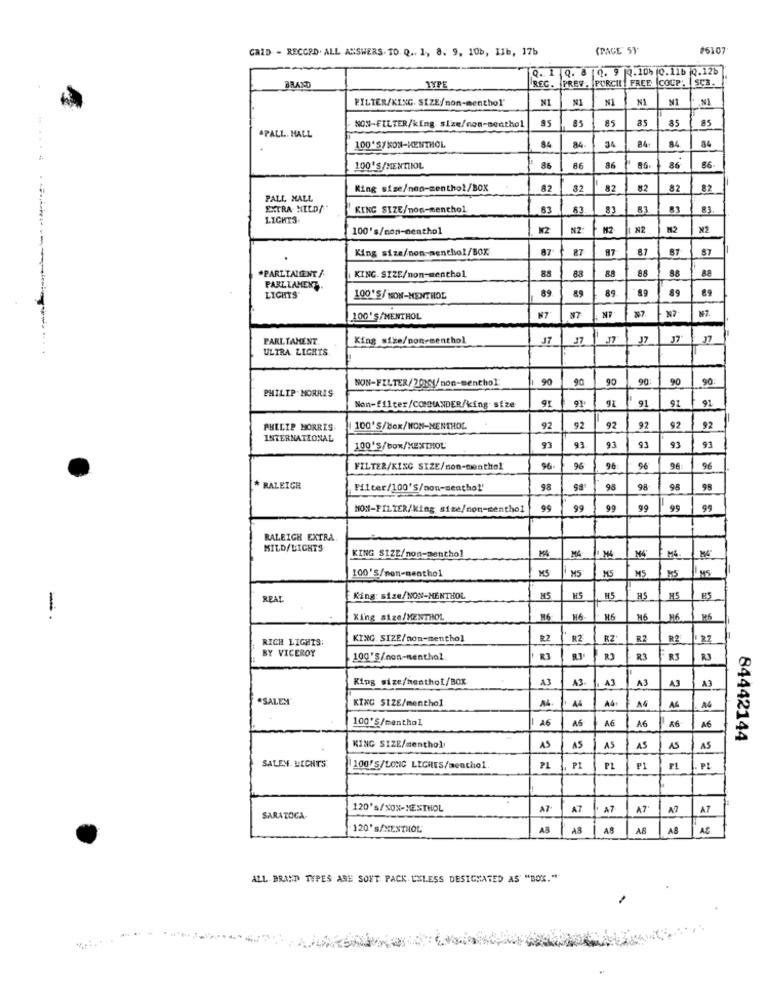
GRID - RECORD. ALL ANSWERS. TO. Q .. 1, 8. 9. 10b, I3b, 17b
(PAGE" S)
#6107
Q. 1 Q. 8 0. 9 0.10% 0.11b Q.12b
REG. PREV. PURCHIL| FREE COUP. |SC3.
BRAND
TYPE
FILTER/KING SIZE/non-menthol"
N1
N1
NI
NI
NI
85
85
85
85
85
85
NON-FILTER/king. size/non-menthol
.PALL. MALL
84
34
84
84
84
34
100'S/MENTLIOL
86
86
86
86
66
King size/non-menthol/BOX
82
82
82
82
82
82
PALL MALL
EXTRA NICD/"
KING SIZE/non-menthol
83
83
83
83
LIGHTS
100's/non-nenthol
N2
N2
N2
King size/non-menthol/BOX
87
87
87
87
87
88
88
88
88
88
*PARLTALENT /
KING. SIZE/non-menthol
PARLIAMENT.
89
89
89
89
LIGHTS"
100'S/ NON-MENTHOL
NP
27
NZ.
100'S/MENTHOL
N7
N7
PARLIAMENT
King size/non-menthol
J7
37
37
ULTRA LIGHTS.
NON-FILTER/20KY/non-menthol
90
90
90
90
90
90
PHILIP MORRIS
91
91'
91
Non-filter/COMMANDER/king- size
91
PHILIP MORRIS
100'S/Box/NON-MENTHOL.
92
92
92
92
92
INTERNATIONAL
93
100'S/box/XEXTHOL'
93
93
93
93
91
FILTER/KING SIZE/non-menthol
96
96
96
* RALEIGH
98
98
98
98
95
NON-FILTER/king size/non-menthol
95
99
99
99
99
RALEIGH EXTRA.
MILD/LIGHTS
KING SIZE/non-menthol
MA
M44
MA
100'S/non-menthol
MS
M5
M5
REAL
King: size/NON-MENTHOL
H5
M5
HS
-
King size/MENTHOL
M6
H6
M6
RS
RICH LIGHTS:
KING SIZE/non-menthol
R2
R2
RZ'
R2
R2
RZ
BY VICEROY
100'S/non-nenthol
R3
R1
RJ
King size/henthot/BOX
13
A3
A3
A3
A3
A3
.SALEM"
KING SIZE/menthol
A4
A4
A4
A4
A4
100'S/menthol
A6
A6
A6
A6
84442144
KING SIZE/menthol
AS
AS
AS
AS
AS
AS
SALEN. LECHTS.
100'S/LONG LICHES/menthol
PL
P1
₽1
FL
PL
120's/NOX-MENTHOL
AT
A7
AT
A7
AT
SARATOCA
120's/XESTHOL
AB
A8
AB
AC
ALL- BRAND TYPES ARE SONT PACK UNLESS DESIGNATED AS "BOX."